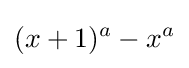
(x+1)^{a}-x^{a}